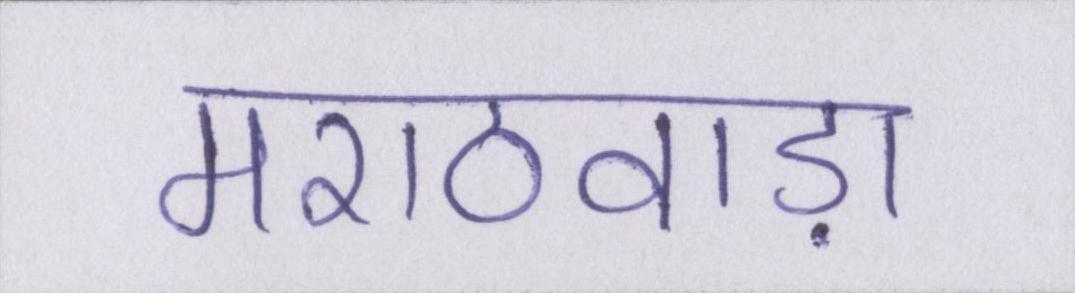
मराठवाड़ा